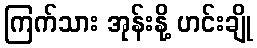
ကြက်သား အုန်းနို့ ဟင်းချို